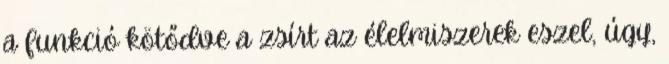
a funkció kötődve a zsírt az élelmiszerek eszel, úgy,